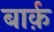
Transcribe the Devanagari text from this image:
बार्क़